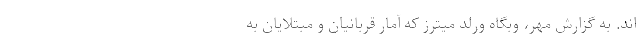
اند. به گزارش مهر، وبگاه وُرلد میترز که آمار قربانیان و مبتلایان به